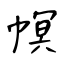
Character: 幎